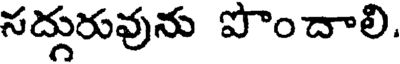
సద్గురువును పొందాలి.